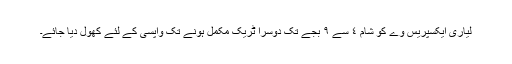
لیاری ایکسپریس وے کو شام ٤ سے ٩ بجے تک دوسرا ٹریک مکمل ہونے تک واپسی کے لئے کھول دیا جائے۔